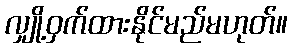
လျှို့ဝှက်ထားနိုင်မည်မဟုတ်။